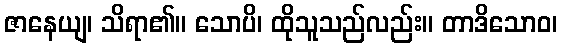
ဇာနေယျ၊ သိရာ၏။ သောပိ၊ ထိုသူသည်လည်း။ တာဒိသောဝ၊